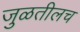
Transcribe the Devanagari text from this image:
जुळतीलच